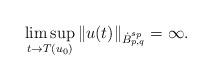
LaTeX: \begin{align*}\limsup_{t\to T(u_0)} \|u(t)\|_{\dot B^{s_p}_{p,q}} = \infty.\end{align*}